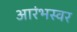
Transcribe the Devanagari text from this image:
आरंभस्वर